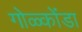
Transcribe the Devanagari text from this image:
गोळ्कोंडा